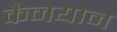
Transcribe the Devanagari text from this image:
कैनयान